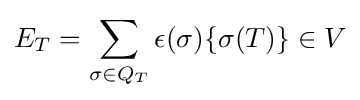
E_{T}=\sum _{\sigma \in Q_{T}}\epsilon (\sigma )\{\sigma (T)\}\in V